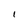
Character: I